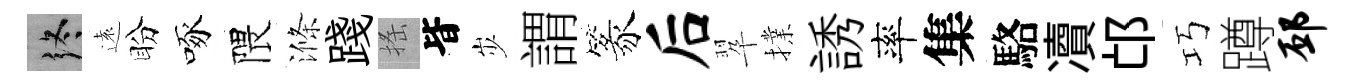
终遠盼啄隈滌踐搖𣅜𡵯謂篆后翆擈誘率集駱凟邙巧蹲邳